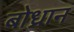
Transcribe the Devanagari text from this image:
बोध्रान